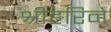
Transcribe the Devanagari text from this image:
श्रीहरिने